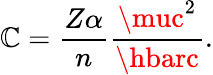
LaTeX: \mathbb{C}={\frac{{Z\alpha}}{{n}}}{\frac{{\muc^{2}}}{{\hbarc}}}.